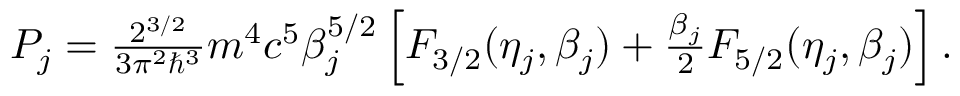
\begin{array} { r } { { P } _ { j } = \frac { 2 ^ { 3 / 2 } } { 3 \pi ^ { 2 } \hbar ^ { 3 } } m ^ { 4 } c ^ { 5 } \beta _ { j } ^ { 5 / 2 } \left[ F _ { 3 / 2 } ( \eta _ { j } , \beta _ { j } ) + \frac { \beta _ { j } } { 2 } F _ { 5 / 2 } ( \eta _ { j } , \beta _ { j } ) \right] . } \end{array}